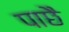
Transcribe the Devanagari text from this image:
पाछै